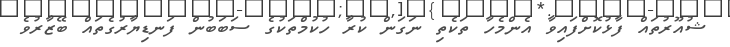
ޝުއޫރުތައް ފާޅުކޮށްފައިވާ އެންމެހާ ތަކެތި ނަގަން ކުރާ ހުކުމްތަކުގެ ސަބަބުން ފަނޑިޔާރުގެތައް ބޭޒާރުވެ